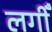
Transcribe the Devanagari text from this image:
लगीँ